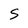
Character: S